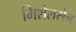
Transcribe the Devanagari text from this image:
मिशेलसेन